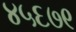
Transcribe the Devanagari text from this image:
४५६७९